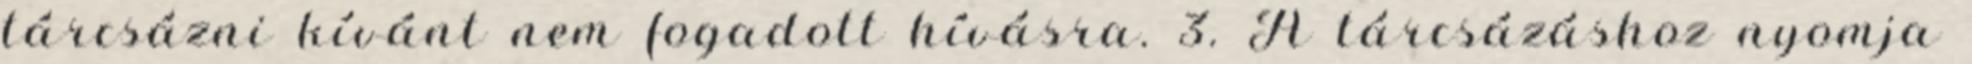
tárcsázni kívánt nem fogadott hívásra. 3. A tárcsázáshoz nyomja